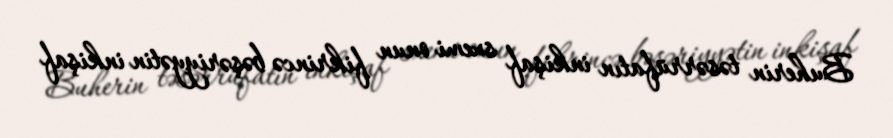
Buherin təsərrüfatın inkişaf sxemi onun fikrincə bəşəriyyətin inkişaf